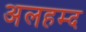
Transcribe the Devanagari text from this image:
अलहम्द